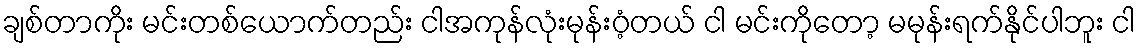
ချစ်တာကိုး မင်းတစ်ယောက်တည်း ငါအကုန်လုံးမုန်းဝံ့တယ် ငါ မင်းကိုတော့ မမုန်းရက်နိုင်ပါဘူး ငါ